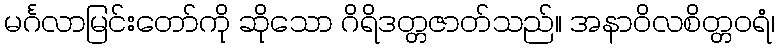
မင်္ဂလာမြင်းတော်ကို ဆိုသော ဂိရိဒတ္တဇာတ်သည်။ အနာဝိလစိတ္တဝရံ၊